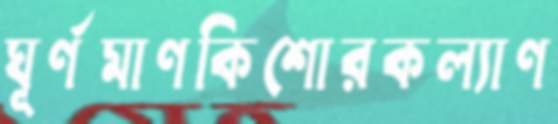
ঘূর্ণমাণকিশোরকল্যাণ